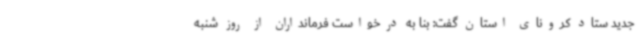
جدید ستاد کرونای استان گفت: بنا به درخواست فرمانداران از روز شنبه